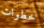
خطوات